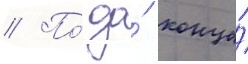
// По́ до́ конца́